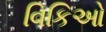
વિકિઓ